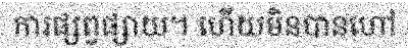
ការផ្សព្វផ្សាយ។ ហើយមិនបានហៅ